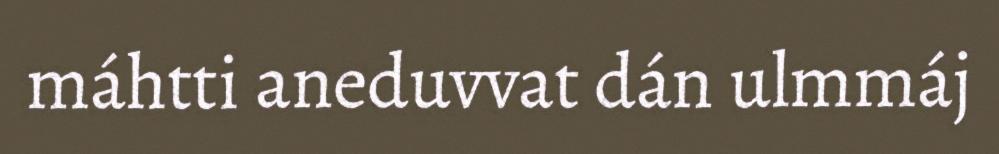
máhtti aneduvvat dán ulmmáj